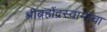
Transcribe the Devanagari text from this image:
श्रीब्रह्मेंद्रस्वामींचा